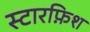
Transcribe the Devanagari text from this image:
स्टारफ़िश